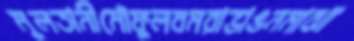
মুলতানীমৌফুলবমরাভাঙনমাঝা